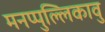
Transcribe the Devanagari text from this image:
मनप्पुल्लिकावु